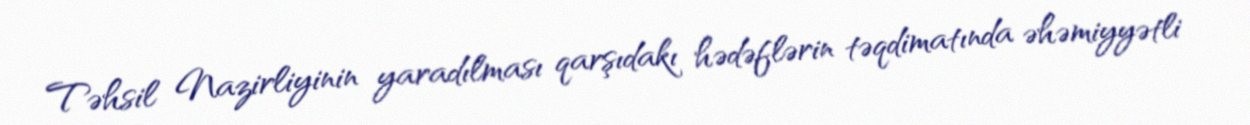
Təhsil Nazirliyinin yaradılması qarşıdakı hədəflərin təqdimatında əhəmiyyətli